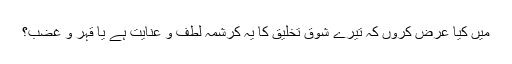
میں کیا عرض کروں کہ تیرے شوق تخلیق کا یہ کرشمہ لطف و عنایت ہے یا قہر و غضب؟